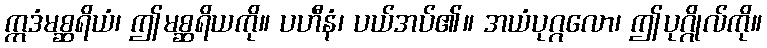
ဣဒံမစ္ဆရိယံ၊ ဤမစ္ဆရိယကို။ ပဟီနံ၊ ပယ်အပ်၏။ အယံပုဂ္ဂလော၊ ဤပုဂ္ဂိုလ်ကို။